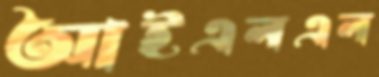
আইএলএল